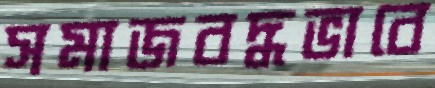
সমাজবদ্ধভাবে